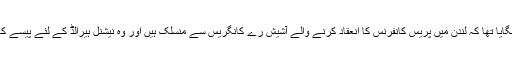
انھوں نے یہ بھی الزام لگایا تھا کہ لندن میں پریس کانفرنس کا انعقاد کرنے والے آشیش رے کانگریس سے منسلک ہیں اور وہ نیشنل ہیرالڈ کے لئے پیسے کا انتظام بھی کرتے ہیں۔